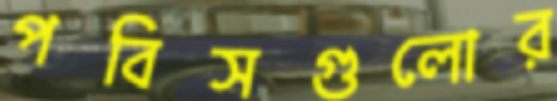
পবিসগুলোর